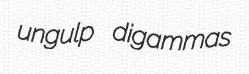
ungulp digammas